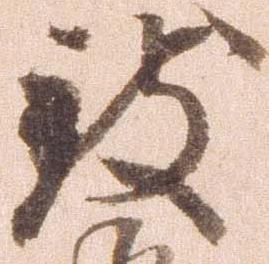
致